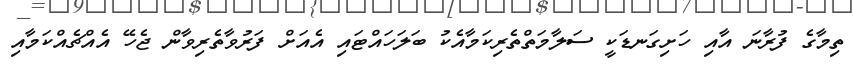
ތިމާގެ ފުރާނަ އާއި ހަށިގަނޑަކީ ސަލާމަތްތެރިކަމާއެކު ބަލަހައްޓައި އެއަށް ފަރުވާތެރިވާން ޖެހޭ އެއްޗެއްކަމާއި